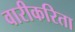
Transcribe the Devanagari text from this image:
वारीकरिता